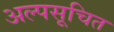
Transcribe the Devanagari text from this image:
अल्पसूचित